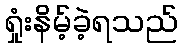
ရှုံးနိမ့်ခဲ့ရသည်